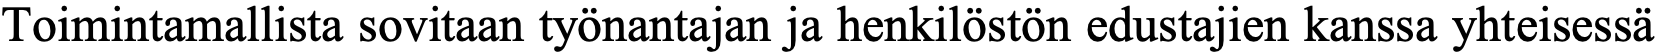
Toimintamallista sovitaan työnantajan ja henkilöstön edustajien kanssa yhteisessä